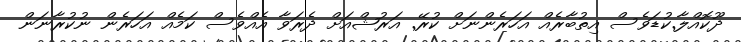
ދޫކޮއްލާ